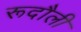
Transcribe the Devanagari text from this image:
रूदौली